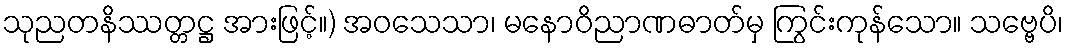
သုညတနိဿတ္တဋ္ဌ အားဖြင့်။) အဝသေသာ၊ မနောဝိညာဏဓာတ်မှ ကြွင်းကုန်သော။ သဗ္ဗေပိ၊